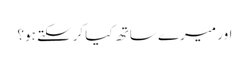
اور میرے ساتھ کیا کرسکتے ہو؟